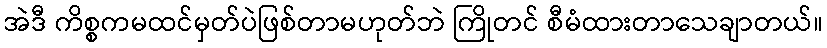
အဲဒီ ကိစ္စကမထင်မှတ်ပဲဖြစ်တာမဟုတ်ဘဲ ကြိုတင် စီမံထားတာသေချာတယ်။